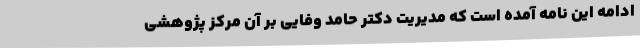
ادامه این نامه آمده است که مدیریت دکتر حامد وفایی بر آن مرکز پژوهشی